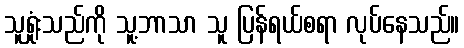
သူရှုံးသည်ကို သူ့ဘာသာ သူ ပြန်ရယ်စရာ လုပ်နေသည်။